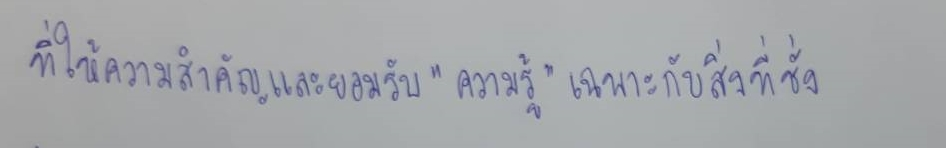
ที่ให้ความสำคัญและยอมรับ"ความรู้"เฉพาะกับสิ่งที่ชั่ง